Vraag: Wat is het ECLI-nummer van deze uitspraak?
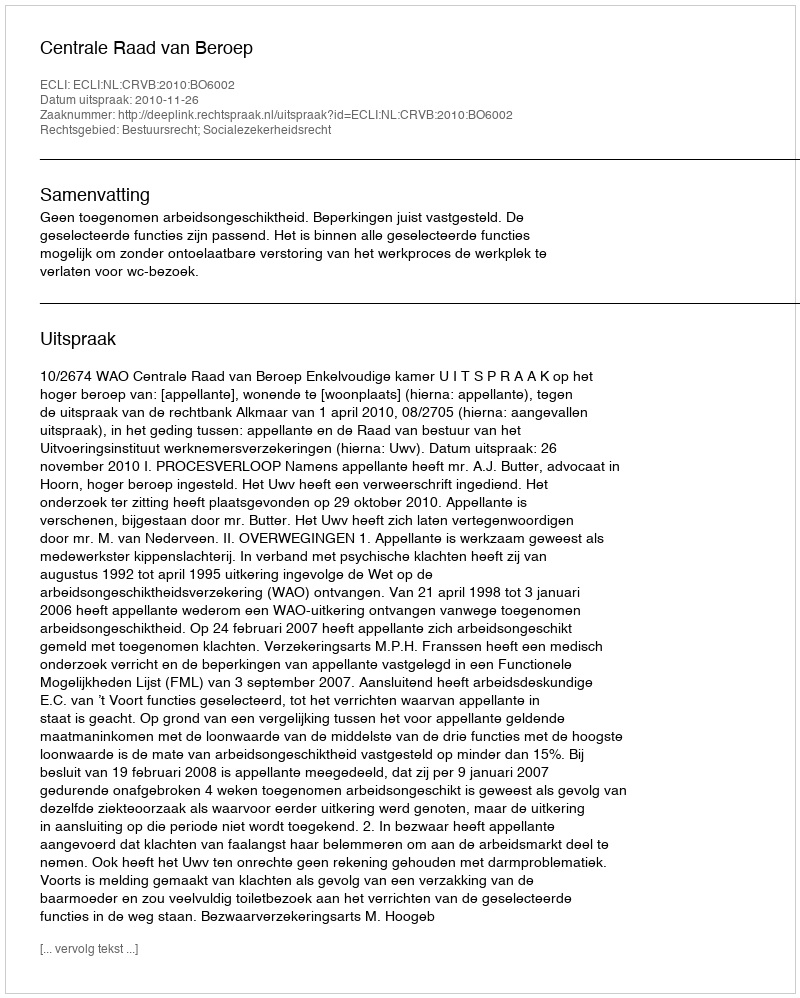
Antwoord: ECLI:NL:CRVB:2010:BO6002